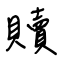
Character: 贖